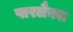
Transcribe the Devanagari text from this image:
पारलैक्स